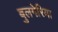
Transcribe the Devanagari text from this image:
बुलगेरिया